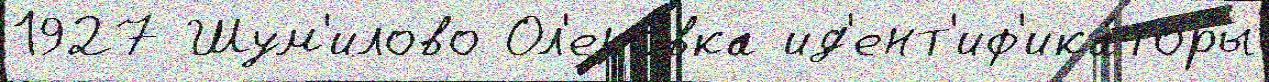
1927 Шум'илово Ол'еновка ид'ент'иф'ика́торы